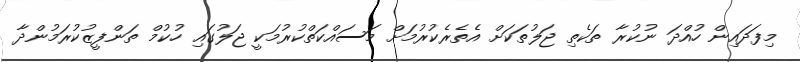
މިފަދައިން ހުއްދަ ނުކުރާ ތަކެތި ޖަލުތަކަށް އެތެރެކުރުމަށް މަސައްކަތްކުރުމަކީ ޖަލުގައި ހުކުމް ތަންފީޒުކުރަމުންދާ